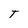
Character: T